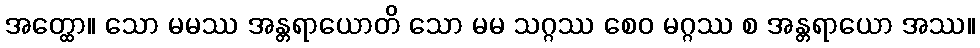
အတ္ထော။ သော မမဿ အန္တရာယောတိ သော မမ သဂ္ဂဿ စေဝ မဂ္ဂဿ စ အန္တရာယော အဿ။